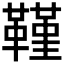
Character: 𮧧